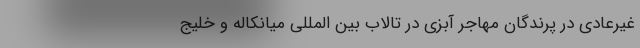
غیرعادی در پرندگان مهاجر آبزی در تالاب بین المللی میانکاله و خلیج